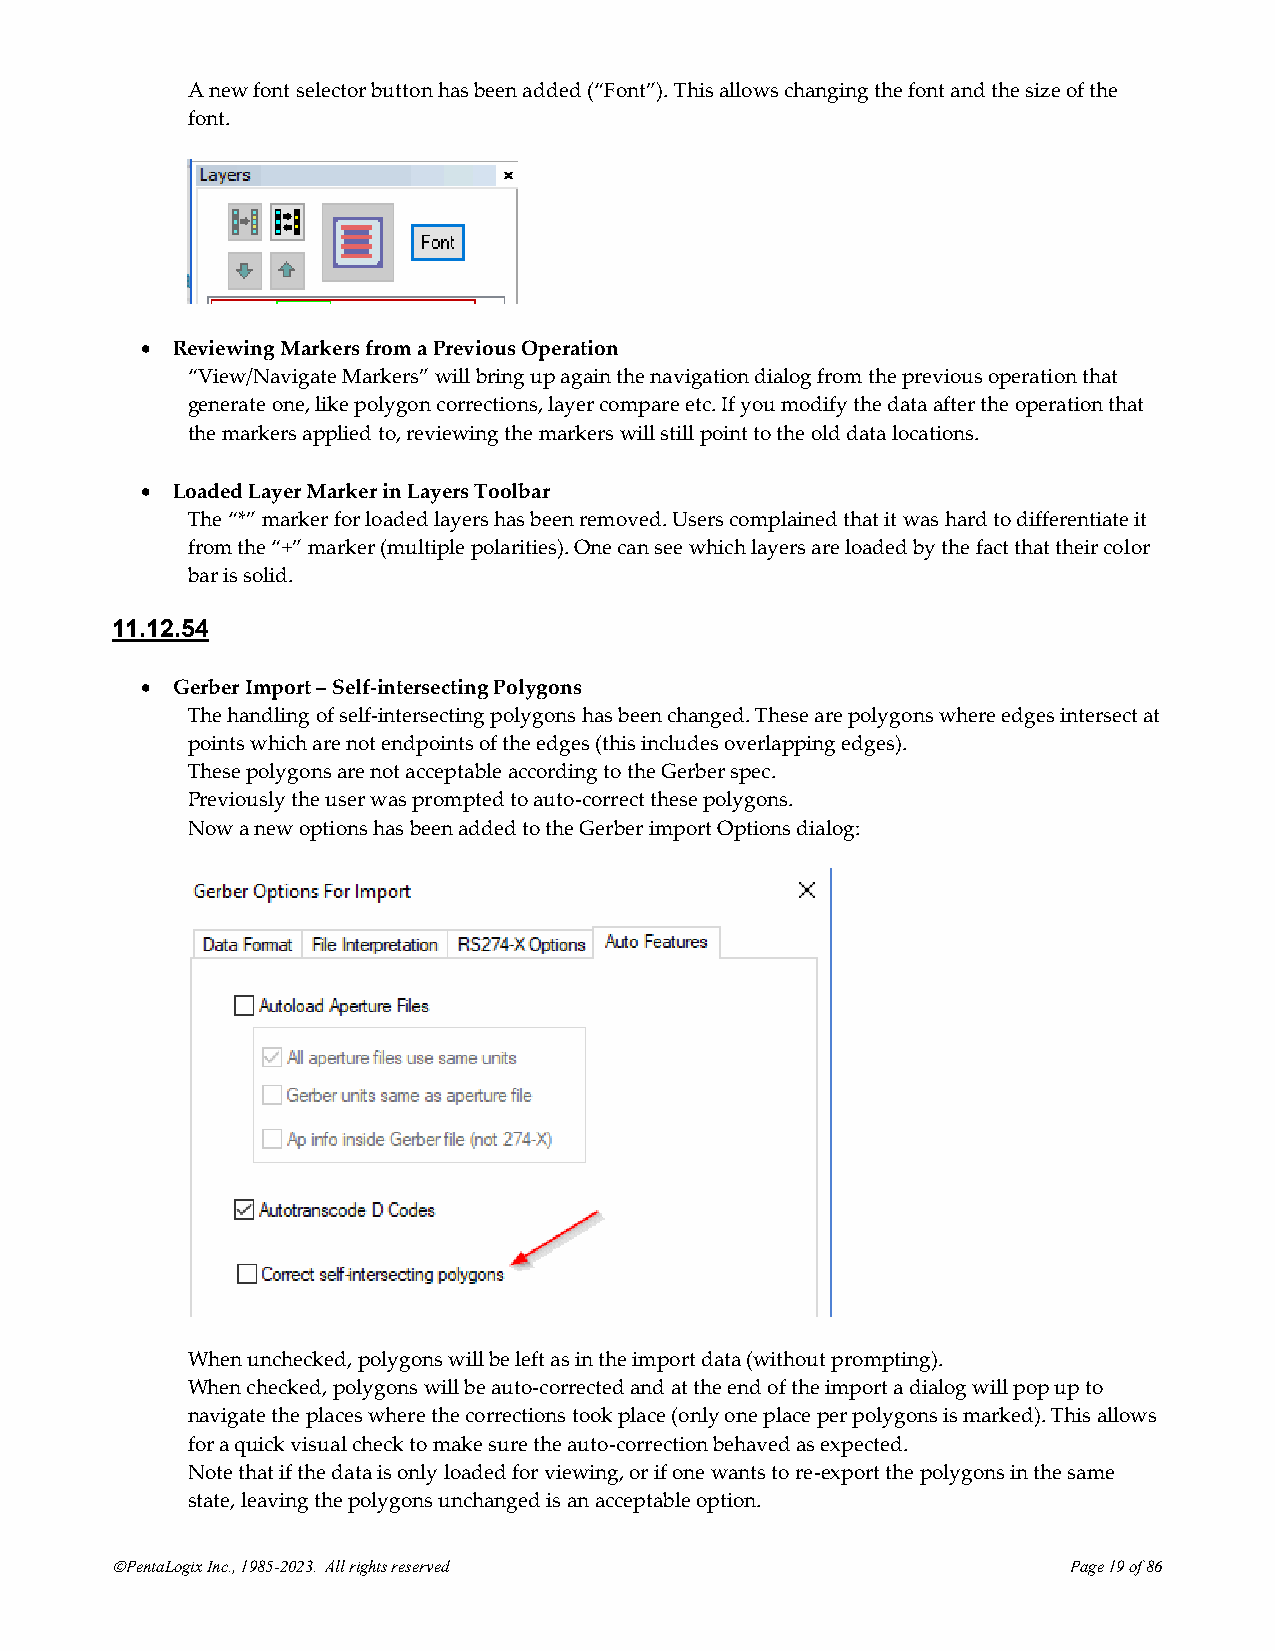
A new font selector button has been added (“Font”). This allows changing the font and the size of the
 font.
 • Reviewing Markers from a Previous Operation
 “View/Navigate Markers” will bring up again the navigation dialog from the previous operation that
 generate one, like polygon corrections, layer compare etc. If you modify the data after the operation that
 the markers applied to, reviewing the markers will still point to the old data locations.
 • Loaded Layer Marker in Layers Toolbar
 The “*” marker for loaded layers has been removed. Users complained that it was hard to differentiate it
 from the “+” marker (multiple polarities). One can see which layers are loaded by the fact that their color
 bar is solid.
 11.12.54
 • Gerber Import – Self-intersecting Polygons
 The handling of self-intersecting polygons has been changed. These are polygons where edges intersect at
 points which are not endpoints of the edges (this includes overlapping edges).
 These polygons are not acceptable according to the Gerber spec.
 Previously the user was prompted to auto-correct these polygons.
 Now a new options has been added to the Gerber import Options dialog:
 When unchecked, polygons will be left as in the import data (without prompting).
 When checked, polygons will be auto-corrected and at the end of the import a dialog will pop up to
 navigate the places where the corrections took place (only one place per polygons is marked). This allows
 for a quick visual check to make sure the auto-correction behaved as expected.
 Note that if the data is only loaded for viewing, or if one wants to re-export the polygons in the same
 state, leaving the polygons unchanged is an acceptable option.
 ©PentaLogix Inc., 1985-2023. All rights reserved                Page 19 of 86